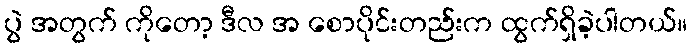
ပွဲ အတွက် ကိုတော့ ဒီလ အ စောပိုင်းတည်းက ထွက်ရှိခဲ့ပါတယ်။